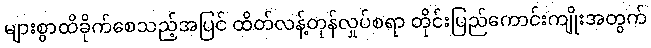
များစွာထိခိုက်စေသည့်အပြင် ထိတ်လန့်တုန်လှုပ်စရာ တိုင်းပြည်ကောင်းကျိုးအတွက်